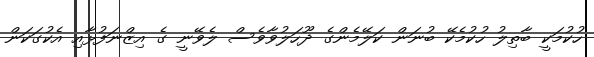
ހުކުމަކީ ބާތިލު ހުކުމެކޭ ބުނަން ކަލޭމެންގެ ދޫހަލުވާވެސް ލެވޭނީ ގެ އިޒްނަފުޅާއި އެކުގަކަން